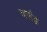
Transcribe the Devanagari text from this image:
वर्नाड